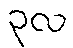
၃လ